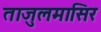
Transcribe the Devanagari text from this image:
ताजुलमासिर